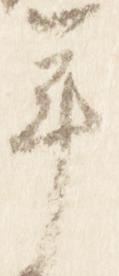
年